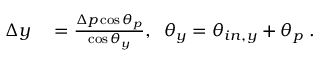
\begin{array} { r l } { \Delta y } & { { } = \frac { \Delta p \cos \theta _ { p } } { \cos \theta _ { y } } , \; \; \theta _ { y } = \theta _ { i n , y } + \theta _ { p } \; . } \end{array}